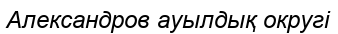
Александров ауылдық округі